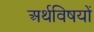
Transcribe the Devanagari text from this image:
अर्थविषयों